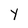
Character: Y